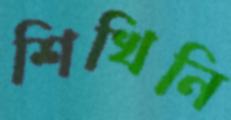
শিখিনি